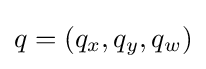
q=(q_{x},q_{y},q_{w})